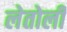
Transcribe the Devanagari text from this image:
लेतोली